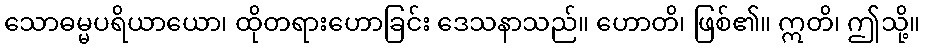
သောဓမ္မပရိယာယော၊ ထိုတရားဟောခြင်း ဒေသနာသည်။ ဟောတိ၊ ဖြစ်၏။ ဣတိ၊ ဤသို့။